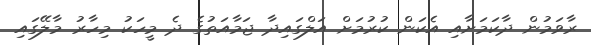
ރާވަމުން ދާކަމަށާއި އެކަން ކުރުމަށް އަލްގައިދާ ޖަމާއަތުގެ ދެ މީހަކު މިހާރު މާލޭގައި